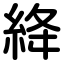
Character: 絳